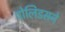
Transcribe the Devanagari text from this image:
पोलिडसने